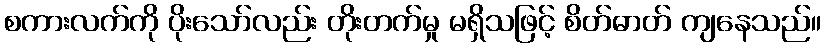
စကားလက်ကို ပိုးသော်လည်း တိုးတက်မှု မရှိသဖြင့် စိတ်ဓာတ် ကျနေသည်။